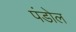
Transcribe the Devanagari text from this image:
पंडोल